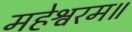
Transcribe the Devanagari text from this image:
महेश्वरम॥